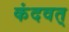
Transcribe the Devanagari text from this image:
कंदवत्‌